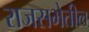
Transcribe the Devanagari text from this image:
राजसभेतील